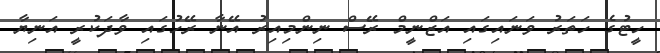
ހީޓުގެ ހަތަރު ވަނައިގައި އަޒްނީމް ރޭސް ނިންމިއިރު އޭނާ ރޭހުގައި ވާދަކުރީ އަނިޔާ